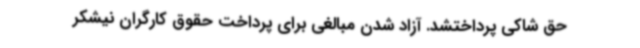
حق شاکی پرداختشد. آزاد شدن مبالغی برای پرداخت حقوق کارگران نیشکر